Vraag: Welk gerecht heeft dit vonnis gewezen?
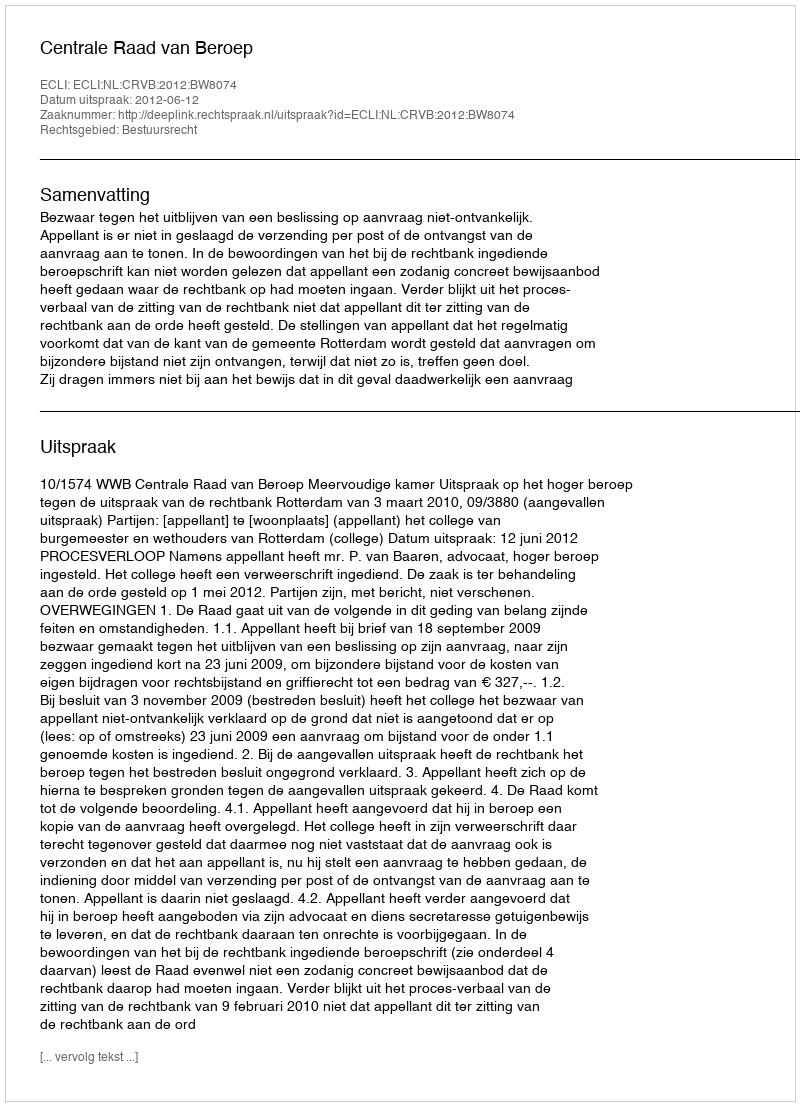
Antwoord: Centrale Raad van Beroep